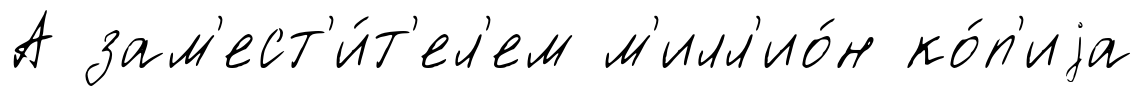
А зам'ест'и́т'ел'ем м'илл'ио́н ко́п'иjа